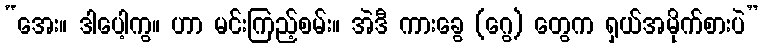
“အေး။ ဒါပေါ့ကွ။ ဟာ မင်းကြည့်စမ်း။ အဲဒီ ကားခွေ (ဂွေ) တွေက ရှယ်အမိုက်စားပဲ”